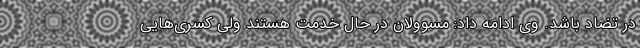
در تضاد باشد. وی ادامه داد: مسوولان در حال خدمت هستند ولی کسری‌هایی